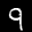
Label: 9